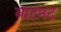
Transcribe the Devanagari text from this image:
वाटनट